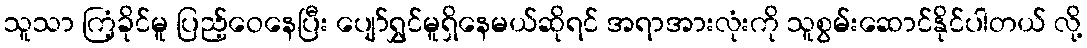
သူသာ ကြံ့ခိုင်မူ ပြည့်ဝေနေပြီး ပျော်ရွှင်မူရှိနေမယ်ဆိုရင် အရာအားလုံးကို သူစွမ်းဆောင်နိုင်ပါတယ် လို့